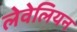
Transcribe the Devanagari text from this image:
लेवेलियन